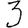
Digit: 3